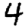
Digit: 4